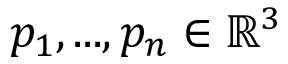
\boldsymbol { p _ { 1 } } , . . . , \boldsymbol { p _ { n } } \in \mathbb { R } ^ { 3 }